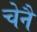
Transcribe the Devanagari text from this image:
चेनै